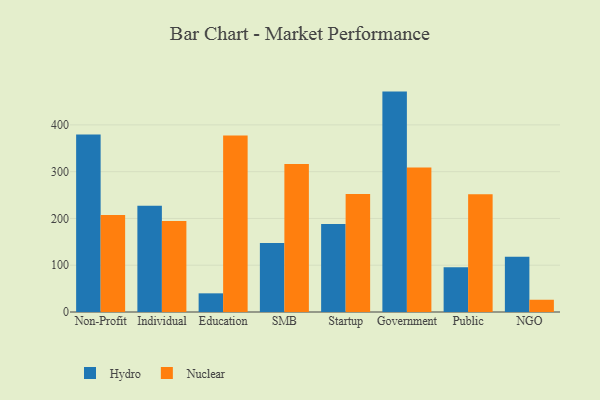
{"axis": {"x": "Segment", "y": "Satisfaction Score"}, "legend": ["Hydro", "Nuclear"], "data": [{"x": "Non-Profit", "y": 379.6, "type": "Hydro"}, {"x": "Non-Profit", "y": 207.3, "type": "Nuclear"}, {"x": "Individual", "y": 227.3, "type": "Hydro"}, {"x": "Individual", "y": 194.5, "type": "Nuclear"}, {"x": "Education", "y": 39.9, "type": "Hydro"}, {"x": "Education", "y": 377.4, "type": "Nuclear"}, {"x": "SMB", "y": 147.6, "type": "Hydro"}, {"x": "SMB", "y": 316.2, "type": "Nuclear"}, {"x": "Startup", "y": 188.2, "type": "Hydro"}, {"x": "Startup", "y": 252.2, "type": "Nuclear"}, {"x": "Government", "y": 471.2, "type": "Hydro"}, {"x": "Government", "y": 308.7, "type": "Nuclear"}, {"x": "Public", "y": 95.5, "type": "Hydro"}, {"x": "Public", "y": 251.9, "type": "Nuclear"}, {"x": "NGO", "y": 117.9, "type": "Hydro"}, {"x": "NGO", "y": 26.2, "type": "Nuclear"}]}